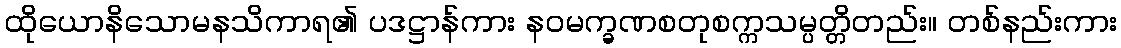
ထိုယောနိသောမနသိကာရ၏ ပဒဋ္ဌာန်ကား နဝမက္ခဏစတုစက္ကသမ္ပတ္တိတည်း။ တစ်နည်းကား